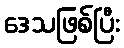
ဒေသဖြစ်ပြီး